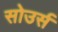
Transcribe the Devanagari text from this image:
सोउर्स